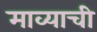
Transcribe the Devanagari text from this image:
माव्याची